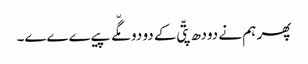
پھر ہم نے دودھ پتّی کے دو دو مگّے پیےےےے۔